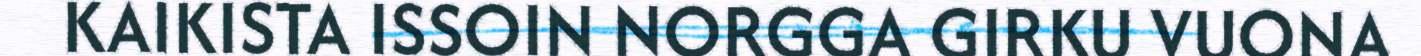
KAIKISTA ISSOIN NORGGA GIRKU VUONA